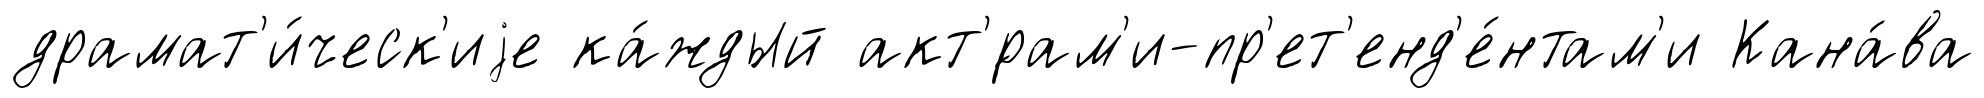
драмат'и́ческ'иjе ка́ждый акт'́рам'и-пр'ет'енд'е́нтам'и Кана́ва